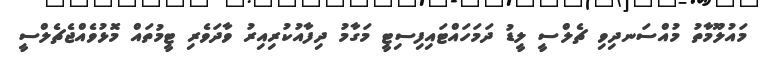
މައުލޫމާތު މުއްސަނދިވި ޗެލްސީ ލީޑު ދަމަހައްޓައިފިސިޓީ މަގާމު ދިފާއުކުރިއިރު ވާދަވެރި ޓީމުތައް މޮޅުވެއްޖެޗެލްސީ